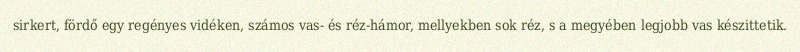
sirkert, fördő egy regényes vidéken, számos vas- és réz-hámor, mellyekben sok réz, s a megyében legjobb vas készittetik.